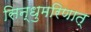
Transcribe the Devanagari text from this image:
सिन्धुमरिणात्